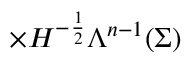
\times H ^ { - \frac { 1 } { 2 } } \Lambda ^ { n - 1 } ( \Sigma )